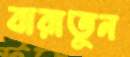
বারাতুন